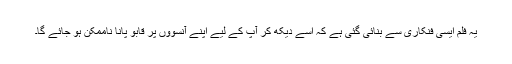
یہ فلم ایسی فنکاری سے بنائی گئی ہے کہ اسے دیکھ کر آپ کے لیے اپنے آنسوؤں پر قابو پانا ناممکن ہو جائے گا۔